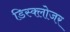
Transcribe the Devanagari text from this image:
डिस्क्लोजर